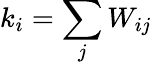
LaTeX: k_{i}=\sum_{j}W_{ij}